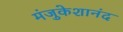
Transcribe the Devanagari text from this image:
मंजुकेशानंद